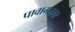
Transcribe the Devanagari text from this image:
पावागढवर